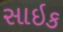
સાઇક